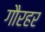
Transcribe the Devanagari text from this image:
गौरहर